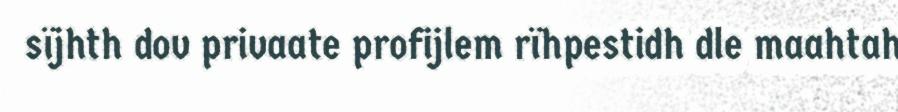
sïjhth dov privaate profijlem rïhpestidh dle maahtah